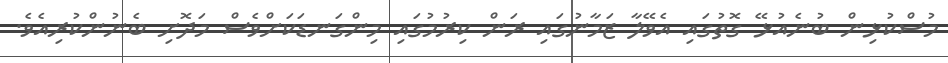
މުސްކުޅިން ބުނެއުޅޭ ގޮތުގައި އެވޭލާ ޒަމާނުގައި ރަން ކިރުމުގައި މިންގަނޑަކަށްވެސް މަދޮށި ބެނުންކުރިއެވެ.